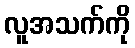
လူအသက်ကို